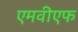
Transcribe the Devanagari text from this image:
एमवीएफ